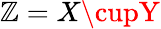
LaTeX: \mathbb{Z}=X\cupY